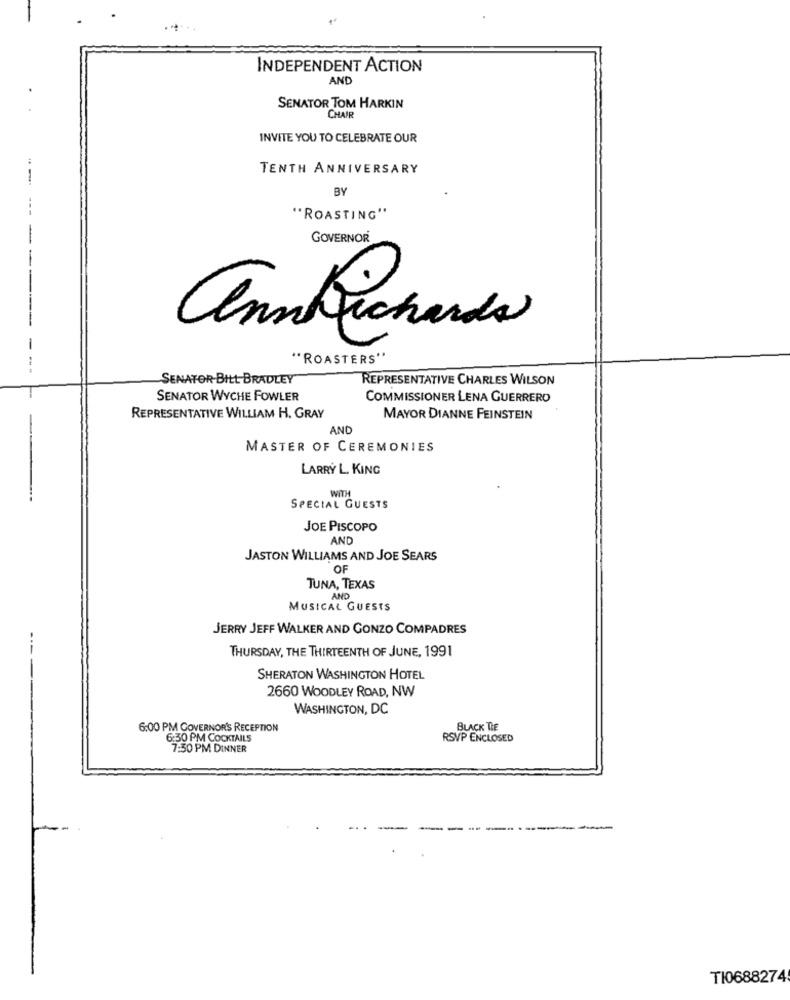
INDEPENDENT ACTION
AND
SENATOR TOM HARKIN
CHAIR
INVITE YOU TO CELEBRATE OUR
TENTH ANNIVERSARY
--
BY
"ROASTING"
GOVERNOR
-
"ROASTERS"
SENATOR-BILL BRADLEY
REPRESENTATIVE CHARLES WILSON
SENATOR WYCHE FOWLER
COMMISSIONER LENA GUERRERO
REPRESENTATIVE WILLIAM H. GRAY
MAYOR DIANNE FEINSTEIN
AND
MASTER OF CEREMONIES
LARRY L. KING
WITH
SPECIAL GUESTS
JOE PISCOPO
AND
JASTON WILLIAMS AND JOE SEARS
OF
TUNA, TEXAS
AND
MUSICAL GUESTS
JERRY JEFF WALKER AND GONZO COMPADRES
..
THURSDAY, THE THIRTEENTH OF JUNE, 1991
SHERATON WASHINGTON HOTEL
2660 WOODLEY ROAD, NW
WASHINGTON, DC
6:00 PM GOVERNOR'S RECEPTION
BLACK TIE
6:30 PM COCKTAILS
RSVP ENCLOSED
7:30 PM DINNER
TI0688274